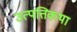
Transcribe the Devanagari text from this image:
उत्पत्तिकथा